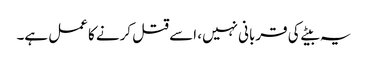
یہ بیٹے کی قربانی نہیں، اسے قتل کرنے کا عمل ہے۔